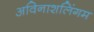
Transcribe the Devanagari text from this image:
अविनाशलिंगम